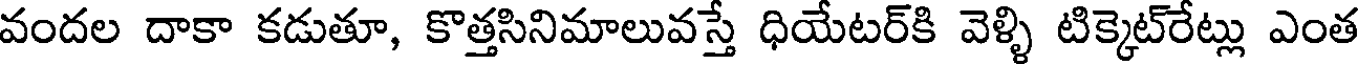
వందల దాకా కడుతూ, కొత్తసినిమాలువస్తే ధియేటర్కి వెళ్ళి టిక్కెట్రేట్లు ఎంత